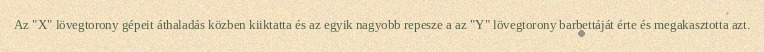
Az "X" lövegtorony gépeit áthaladás közben kiiktatta és az egyik nagyobb repesze a az "Y" lövegtorony barbettáját érte és megakasztotta azt.